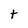
Character: t